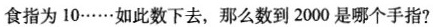
食指为10……如此数下去，那么数到2000是哪个手指?